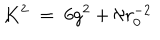
LaTeX: K ^ { 2 } \; = \; 6 g ^ { 2 } + \aleph r _ { 0 } ^ { - 2 } \hspace { . 5 c m } , \hspace { . 5 c m }